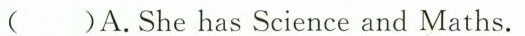
( )A.She has Science and Maths.